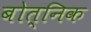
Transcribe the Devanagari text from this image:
बोत्निक